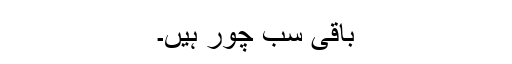
باقی سب چور ہیں۔